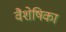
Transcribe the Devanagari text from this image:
वैशेषिका